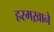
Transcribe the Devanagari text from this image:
हरमख़ाने